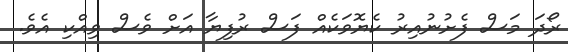
ރޯދަ މަސް ފެށުނުއިރު ކެޔޮވަކެއް ފަސް ރުފިޔާ އަށް ވެސް ވިއްކި އެވެ.